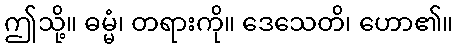
ဤသို့။ ဓမ္မံ၊ တရားကို။ ဒေသေတိ၊ ဟော၏။